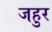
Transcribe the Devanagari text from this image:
जहुर